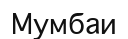
Мумбаи